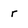
Character: r